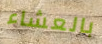
بالعشاء